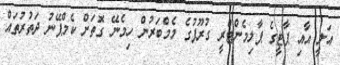
އަލީ އާއި ޕާޓީގެ ޕާލިމެންޓްރީ ގުރޫޕުގެ މެމްބަރުން ހިމެނޭ ގޮތަށް ކެމްޕޭނު ދަތުރުތައް